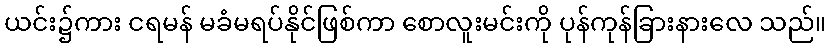
ယင်း၌ကား ငရမန် မခံမရပ်နိုင်ဖြစ်ကာ စောလူးမင်းကို ပုန်ကုန်ခြားနားလေ သည်။